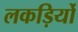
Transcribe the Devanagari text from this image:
लकड़िर्यो